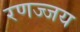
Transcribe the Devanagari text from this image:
रणज्जय